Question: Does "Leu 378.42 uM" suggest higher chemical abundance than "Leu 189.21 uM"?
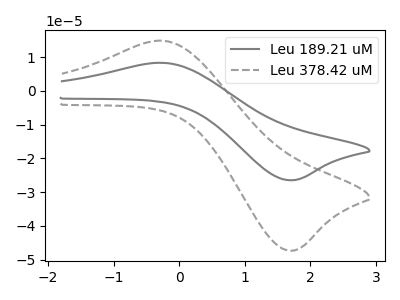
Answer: <think>The gray curve "Leu 189.21 uM" has an anodic peak at (-0.25V, 8.30uA) and a cathodic peak at (1.75V, -26.45uA). The gray dashed curve "Leu 378.42 uM" has an anodic peak at (-0.25V, 14.85uA) and a cathodic peak at (1.75V, -47.30uA).
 All the peaks in "Leu 378.42 uM" have a peak in "Leu 189.21 uM" at the same potential. Every peak in "Leu 378.42 uM" is higher than every peak in "Leu 189.21 uM".</think>
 <answer>"Leu 378.42 uM" has more signal than "Leu 189.21 uM".</answer>
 <eval>more_signal</eval>